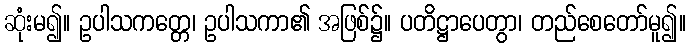
ဆုံးမ၍။ ဥပါသကတ္တေ၊ ဥပါသကာ၏ အဖြစ်၌။ ပတိဋ္ဌာပေတွာ၊ တည်စေတော်မူ၍။